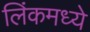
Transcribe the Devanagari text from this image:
लिंकमध्ये